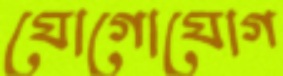
যোগোযোগ